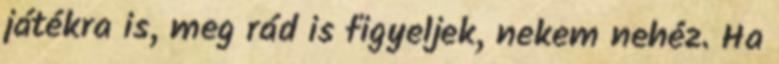
játékra is, meg rád is figyeljek, nekem nehéz. Ha